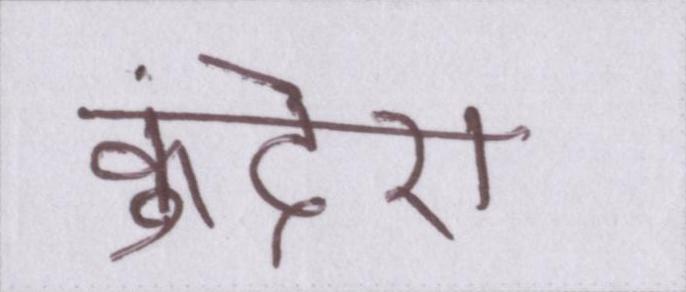
कुंदेरा